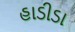
હાડીડા